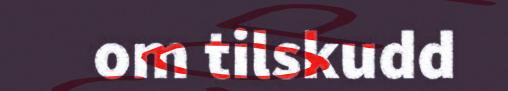
om tilskudd